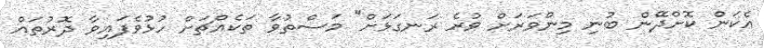
އެކަން ކޮށްދޭން ބުނި މިންވަރަށް ވުރެ ރަނގަޅަށް" މަސްތުވާ ތަކެއްޗަށް ހުޅުވެފައިވާ ދޮރުތައް